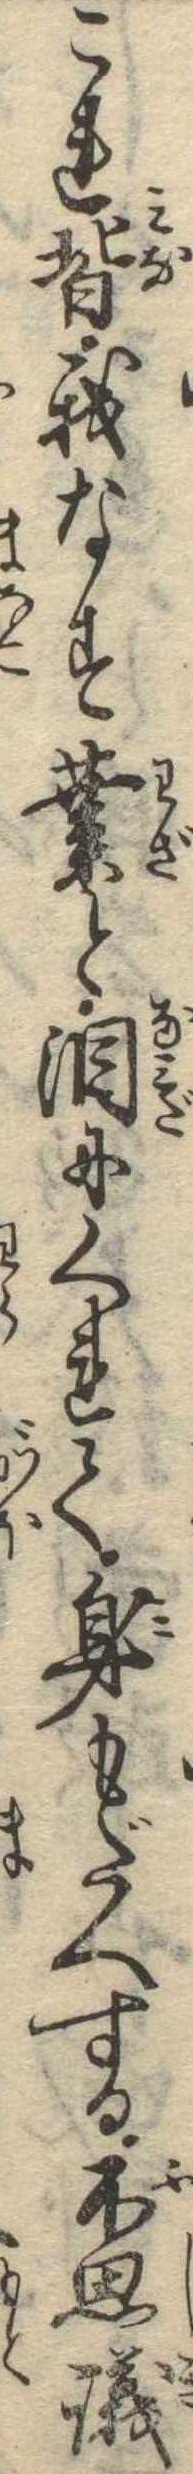
これ皆我なす業と涙にくれて身もだへする不思議